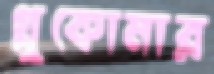
গ্লুকোমার